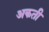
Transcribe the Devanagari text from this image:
अकती